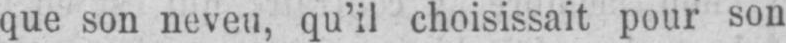
que son neveu, qu’il choisissait pour son